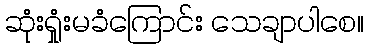
ဆုံးရှုံးမခံကြောင်း သေချာပါစေ။